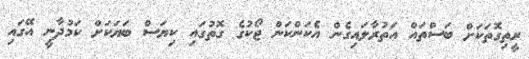
ރީތިގޮތަކަށް ބަސްތައް އަތުރާލައިގެން އެކަންކަން ޖޯކުގެ ގޮތުގައި ކިޔަސް ބަޔަކަށް ކަމުދާނީ އޭގައި